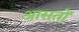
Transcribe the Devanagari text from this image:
आसतों